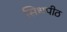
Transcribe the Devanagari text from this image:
सिधपीठ